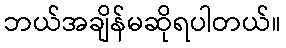
ဘယ်အချိန်မဆိုရပါတယ်။